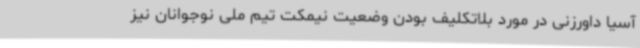
آسیا داورزنی در مورد بلاتکلیف بودن وضعیت نیمکت تیم ملی نوجوانان نیز